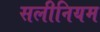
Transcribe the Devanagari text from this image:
सलीनियम